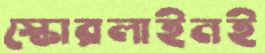
স্কোরলাইনই